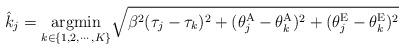
LaTeX: \begin{align*}\hat{k}_j=\underset{k\in\left\lbrace 1,2,\cdots,K \right\rbrace}{\mathrm{argmin}}\sqrt{\beta^2(\tau_j-\tau_k)^2+(\theta^\mathrm{A}_j-\theta^\mathrm{A}_k)^2+(\theta^\mathrm{E}_j-\theta^\mathrm{E}_k)^2}\end{align*}